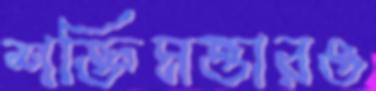
শক্তিমত্তারও